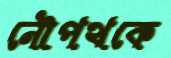
নৌপথকে